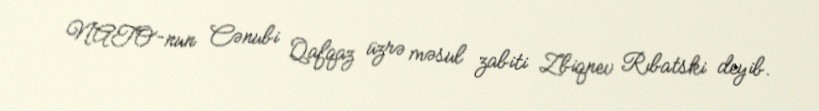
NATO-nun Cənubi Qafqaz üzrə məsul zabiti Zbiqnev Rıbatski deyib.